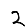
Digit: 2